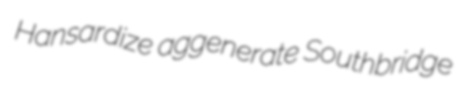
Hansardize aggenerate Southbridge